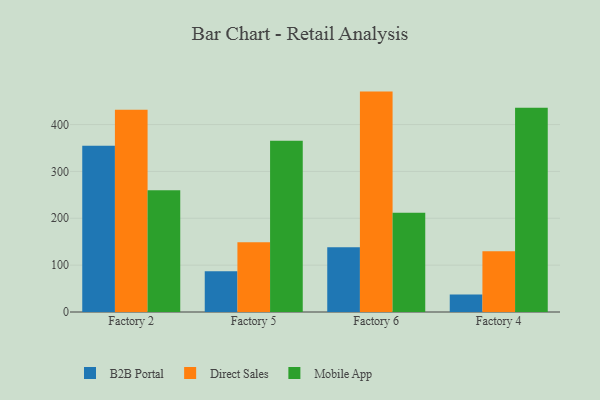
{"axis": {"x": "Factory", "y": "Website Visitors"}, "legend": ["B2B Portal", "Direct Sales", "Mobile App"], "data": [{"x": "Factory 2", "y": 354.9, "type": "B2B Portal"}, {"x": "Factory 2", "y": 431.8, "type": "Direct Sales"}, {"x": "Factory 2", "y": 259.9, "type": "Mobile App"}, {"x": "Factory 5", "y": 86.8, "type": "B2B Portal"}, {"x": "Factory 5", "y": 148.8, "type": "Direct Sales"}, {"x": "Factory 5", "y": 365.5, "type": "Mobile App"}, {"x": "Factory 6", "y": 138.3, "type": "B2B Portal"}, {"x": "Factory 6", "y": 470.3, "type": "Direct Sales"}, {"x": "Factory 6", "y": 211.7, "type": "Mobile App"}, {"x": "Factory 4", "y": 37.5, "type": "B2B Portal"}, {"x": "Factory 4", "y": 129.5, "type": "Direct Sales"}, {"x": "Factory 4", "y": 436.1, "type": "Mobile App"}]}